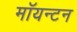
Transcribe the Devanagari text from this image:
मॉयन्टन